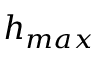
h _ { m a x }